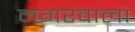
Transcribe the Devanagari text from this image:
नगरवाला